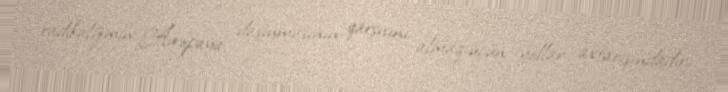
radikalizmin Avropaya daşınmasının qarşısını almaq üçün yollar axtarışındadır.